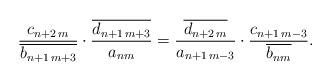
LaTeX: \begin{align*} \frac{c_{n+2\,m}}{\overline{b_{n+1\,m+3}}}\cdot \frac{\overline{d_{n+1\,m+3}}}{a_{nm}}= \frac{\overline{d_{n+2\,m}}}{a_{n+1\,m-3}}\cdot \frac{c_{n+1\,m-3}}{\overline{b_{nm}}}.\end{align*}